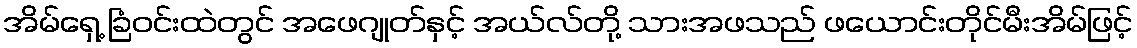
အိမ်ရှေ့ ခြံဝင်းထဲတွင် အဖေဂျုတ်နှင့် အယ်လ်တို့ သားအဖသည် ဖယောင်းတိုင်မီးအိမ်ဖြင့်